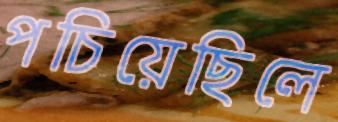
পচিয়েছিলে